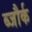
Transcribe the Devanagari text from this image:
ब्जौर्क